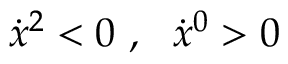
\dot { x } ^ { 2 } < 0 \ , \ \ \dot { x } ^ { 0 } > 0